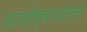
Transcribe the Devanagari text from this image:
आयसेष्वायसानां